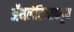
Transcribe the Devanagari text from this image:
ॲथलेटिक्सकडून